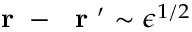
\mathrm { ~ \bf ~ r ~ } - \mathrm { ~ \bf ~ r ~ } ^ { \prime } \sim \epsilon ^ { 1 / 2 }